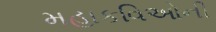
મહાકવિઓની